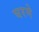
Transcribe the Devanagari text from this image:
घरमे